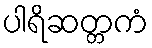
ပါရိဆတ္တကံ